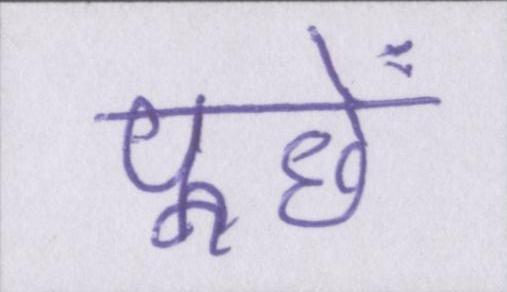
पूछें